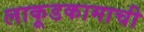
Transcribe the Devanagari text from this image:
लाकूडकामाची